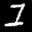
Label: 1